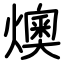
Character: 燠